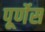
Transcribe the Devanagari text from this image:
पूर्णेस